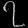
Digit: ၇